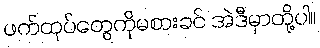
ဖက်ထုပ်တွေကိုမစားခင် အဲဒီမှာတို့ပါ။